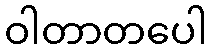
ဝါတာတပေါ